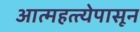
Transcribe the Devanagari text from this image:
आत्महत्त्येपासून